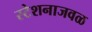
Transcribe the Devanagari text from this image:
स्टेशनाजवळ